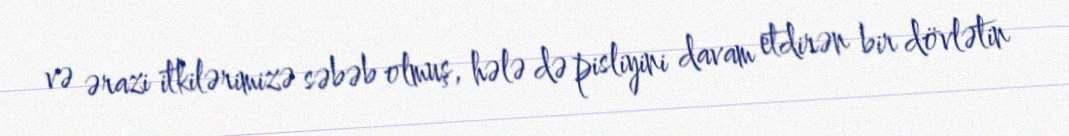
və ərazi itkilərimizə səbəb olmuş, hələ də pisliyini davam etdirən bir dövlətin